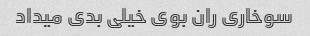
سوخاری ران بوی خیلی بدی میداد